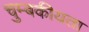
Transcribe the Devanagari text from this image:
चुम्बकीयता